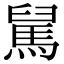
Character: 𩣅